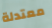
معتدلة